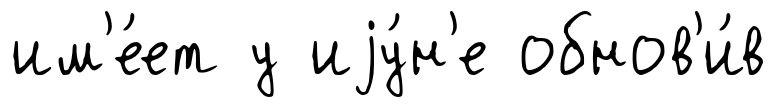
им'е́ет у иjу́н'е обнов'и́в